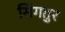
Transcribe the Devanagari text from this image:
सिंगतुर